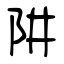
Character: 阱